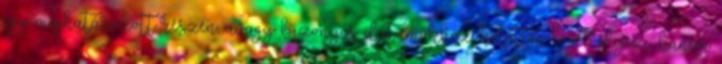
egy meghatározott részén, avagy bizonyos dátumokhoz kötötten engedélyezi, hanem